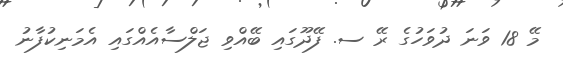
މޭ 18 ވަނަ ދުވަހުގެ ރޭ ސ. ފޭދޫގައި ބޭއްވި ޖަލްސާއެއްގައި އެމަނިކުފާނު